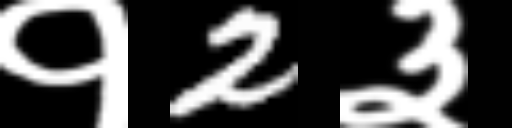
Text: १2३